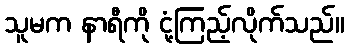
သူမက နာရီကို ငုံ့ကြည့်လိုက်သည်။